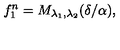
f _ { 1 } ^ { n } = M _ { \lambda _ { 1 } , \lambda _ { 2 } } ( \delta / \alpha ) ,